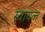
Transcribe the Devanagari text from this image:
स्‍वायत्‍त